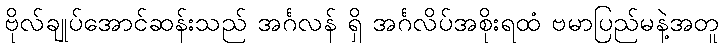
ဗိုလ်ချုပ်အောင်ဆန်းသည် အင်္ဂလန် ရှိ အင်္ဂလိပ်အစိုးရထံ ဗမာပြည်မနဲ့အတူ